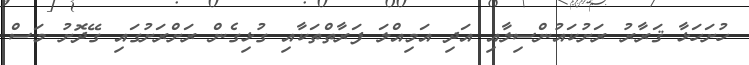
ހުށަހަޅާ ޤަރާރު ރަށުކައުންސިލާއި އަދި އަމިއްލަ ފަރާތްތަކާއި ގުޅިގެން ރަށްރަށުގައި ގޭދޮށު މަސް